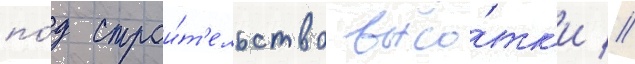
по́д строи́т'ельство высо́тк'и //